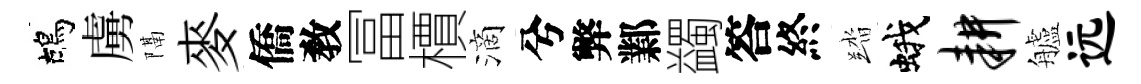
鴣虜隔麥僑敎冨檟滴兮弊鄴蠲答終踏蛾耕艫远